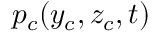
p _ { c } ( y _ { c } , z _ { c } , t )